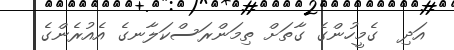
އަދި  ގެމީހުންގެ ގާތަށް ތިމަންރަސްކަލާނގެ އެއުރެންގެ